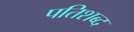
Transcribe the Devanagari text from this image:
पतिशब्द